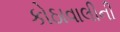
કોઠાવાલીની